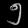
Digit: ၅